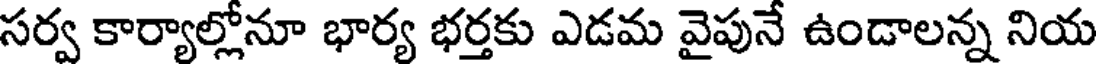
సర్వ కార్యాల్లోనూ భార్య భర్తకు ఎడమ వైపునే ఉండాలన్న నియ